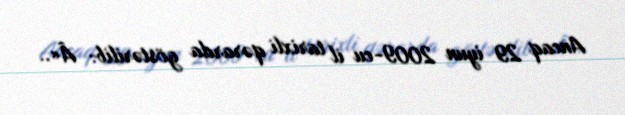
Ancaq 29 iyun 2009-cu il tarixli qərarda göstərilib: Â«..